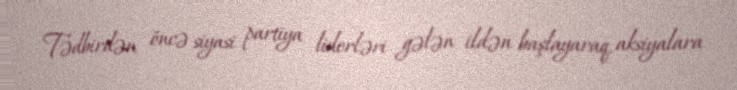
Tədbirdən öncə siyasi partiya liderləri gələn ildən başlayaraq, aksiyalara